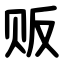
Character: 贩